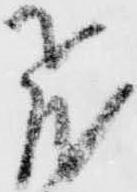
飛